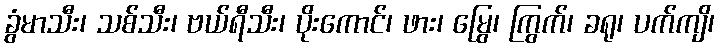
ခွံမာသီး၊ သစ်သီး၊ ဗယ်ရီသီး၊ ပိုးကောင်၊ ဖား၊ မြွေ၊ ကြွက်၊ ခရု၊ ပက်ကျိ၊